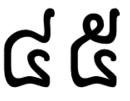
៤៥